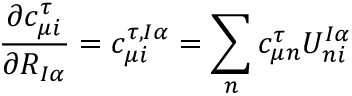
\frac { \partial c _ { \mu i } ^ { \tau } } { \partial R _ { I \alpha } } = c _ { \mu i } ^ { \tau , I \alpha } = \sum _ { n } c _ { \mu n } ^ { \tau } U _ { n i } ^ { I \alpha }